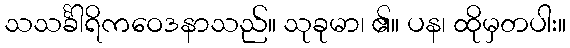
သသင်္ခါရိကဝေဒနာသည်။ သုခုမာ၊ ၏။ ပန၊ ထိုမှတပါး။